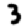
Digit: 3